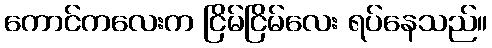
ကောင်ကလေးက ငြိမ်ငြိမ်လေး ရပ်နေသည်။